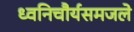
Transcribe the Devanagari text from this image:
ध्वनिचौर्यसमजले